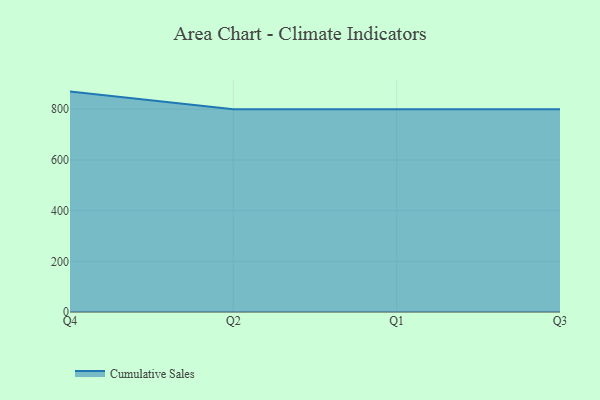
{"axis": {"x": "Quarter", "y": "Inventory Turnover"}, "legend": ["Cumulative Sales"], "data": [{"x": "Q4", "y": 869.4, "type": "Cumulative Sales"}, {"x": "Q2", "y": 800, "type": "Cumulative Sales"}, {"x": "Q1", "y": 800, "type": "Cumulative Sales"}, {"x": "Q3", "y": 800, "type": "Cumulative Sales"}]}